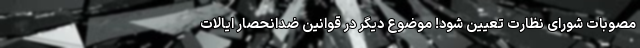
مصوبات شورای نظارت تعیین شود! موضوع دیگر در قوانین ضدانحصار ایالات